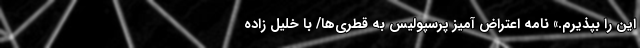
این را بپذیرم.» نامه اعتراض آمیز پرسپولیس به قطری‌ها/ با خلیل زاده